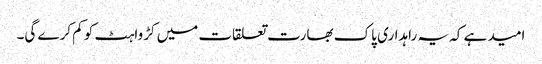
امید ہے کہ یہ راہداری پاک بھارت تعلقات میں کڑواہٹ کو کم کرے گی۔